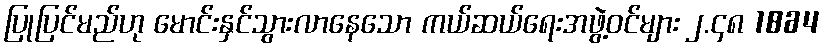
ပြုပြင်မည်ဟု မောင်းနှင်သွားလာနေသော ကယ်ဆယ်ရေးအဖွဲ့ဝင်များ ၂.၄၈ 1864